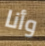
وأنا